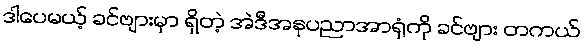
ဒါပေမယ့် ခင်ဗျားမှာ ရှိတဲ့ အဲဒီအနုပညာအာရုံကို ခင်ဗျား တကယ်